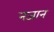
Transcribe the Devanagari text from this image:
नजान